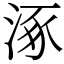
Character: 涿